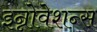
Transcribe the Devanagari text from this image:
इन्नोवेशन्स